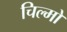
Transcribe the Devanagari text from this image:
चिल्मों